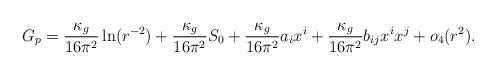
LaTeX: \begin{align*}G_p&=\frac{\kappa_g}{16\pi^2}\ln(r^{-2}) + \frac{\kappa_g}{16\pi^2}S_0 + \frac{\kappa_g}{16\pi^2}a_ix^i + \frac{\kappa_g}{16\pi^2}b_{ij}x^ix^j + o_4(r^{2}).\end{align*}